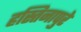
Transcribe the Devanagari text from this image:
हस्तिनापुरे